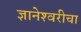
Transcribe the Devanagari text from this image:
ज्ञानेश्‍वरीचा